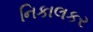
નિકાલકર